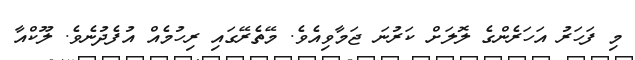
މި ފަހަރު އަހަރެންގެ ލޮލަށް ކަރުނަ ޖަމާވިއެވެ. މޭތެރޭގައި ރިހުމެއް އުފެދުނެވެ. ލޫކްއާ